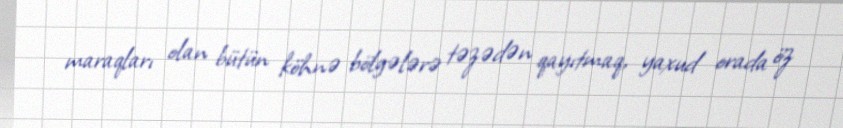
maraqları olan bütün köhnə bölgələrə təzədən qayıtmaq, yaxud orada öz